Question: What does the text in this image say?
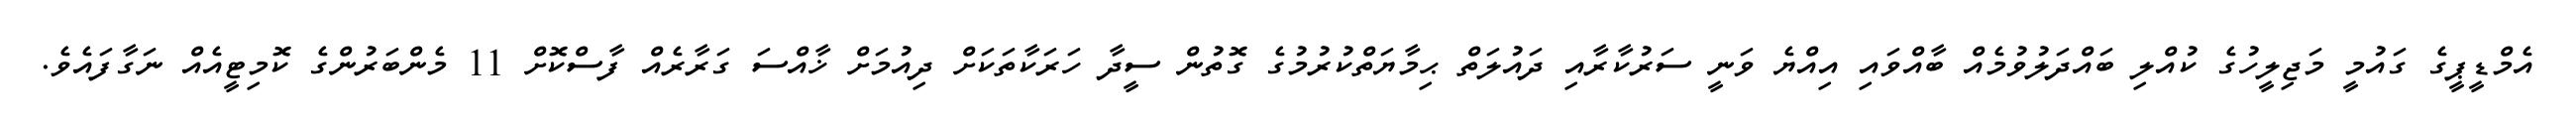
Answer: އެމްޑީޕީގެ ގައުމީ މަޖިލީހުގެ ކުއްލި ބައްދަލުވުމެއް ބާއްވައި އިއްޔެ ވަނީ ސަރުކާރާއި ދައުލަތް ޙިމާޔަތްކުރުމުގެ ގޮތުން ސީދާ ހަރަކާތަކަށް ދިއުމަށް ޚާއްސަ ގަރާރެއް ފާސްކޮށް 11 މެންބަރުންގެ ކޮމިޓީއެއް ނަގާފައެވެ.